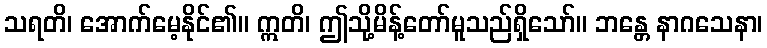
သရတိ၊ အောက်မေ့နိုင်၏။ ဣတိ၊ ဤသို့မိန့်တော်မူသည်ရှိသော်။ ဘန္တေ နာဂသေနာ၊